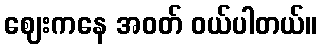
ဈေးကနေ အဝတ် ဝယ်ပါတယ်။